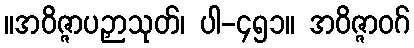
။အဝိဇ္ဇာပဉှာသုတ်၊ ပါ-၄၅၁။ အဝိဇ္ဇာဝဂ်